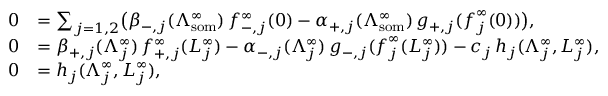
\begin{array} { r l } { 0 } & { = \sum _ { j = 1 , 2 } \bigl ( \beta _ { - , j } ( \Lambda _ { \mathrm { s o m } } ^ { \infty } ) \, f _ { - , j } ^ { \infty } ( 0 ) - \alpha _ { + , j } ( \Lambda _ { \mathrm { s o m } } ^ { \infty } ) \, g _ { + , j } ( \boldsymbol { f } _ { j } ^ { \infty } ( 0 ) ) \bigr ) , } \\ { 0 } & { = \beta _ { + , j } ( \Lambda _ { j } ^ { \infty } ) \, f _ { + , j } ^ { \infty } ( L _ { j } ^ { \infty } ) - \alpha _ { - , j } ( \Lambda _ { j } ^ { \infty } ) \, g _ { - , j } ( \boldsymbol { f } _ { j } ^ { \infty } ( L _ { j } ^ { \infty } ) ) - c _ { j } \, h _ { j } ( \Lambda _ { j } ^ { \infty } , L _ { j } ^ { \infty } ) , } \\ { 0 } & { = h _ { j } ( \Lambda _ { j } ^ { \infty } , L _ { j } ^ { \infty } ) , } \end{array}